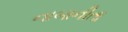
નાબાનીતા